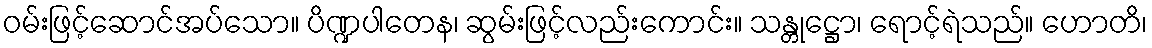
ဝမ်းဖြင့်ဆောင်အပ်သော။ ပိဏ္ဍပါတေန၊ ဆွမ်းဖြင့်လည်းကောင်း။ သန္တုဋ္ဌော၊ ရောင့်ရဲသည်။ ဟောတိ၊